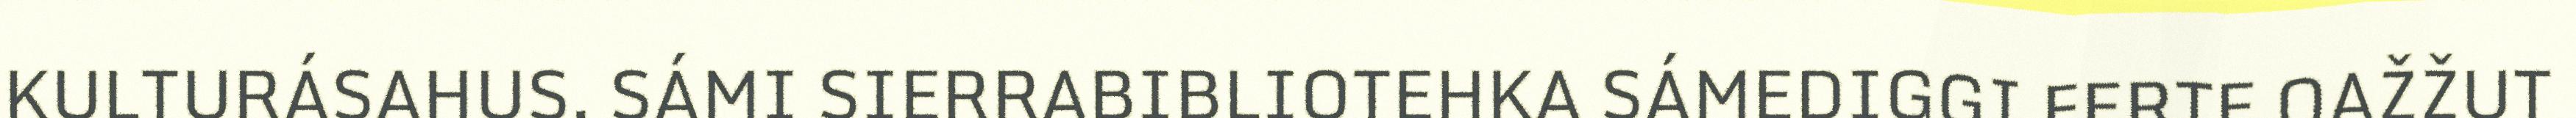
KULTURÁSAHUS. SÁMI SIERRABIBLIOTEHKA SÁMEDIGGI FERTE OAŽŽUT